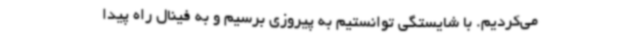
می‌کردیم. با شایستگی توانستیم به پیروزی برسیم و به فینال راه پیدا